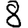
Digit: 8